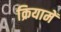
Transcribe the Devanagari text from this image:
क्रियामें